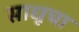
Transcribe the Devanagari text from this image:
साधूचा